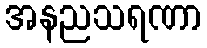
အနညသရဏာ